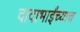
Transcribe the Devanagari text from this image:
दादाभाईंच्याच